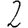
Digit: 2